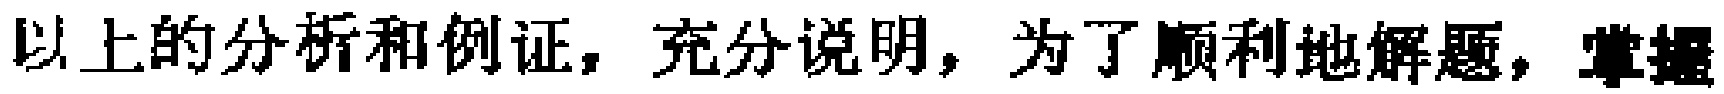
以上的分析和例证，充分说明，为了顺利地解题，掌握